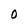
Character: O